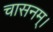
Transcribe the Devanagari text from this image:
चासनम्‌।